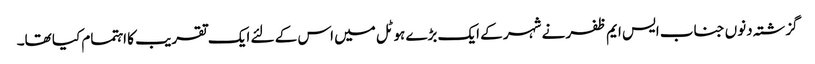
گزشتہ دنوں جناب ایس ایم ظفر نے شہر کے ایک بڑے ہوٹل میں اس کے لئے ایک تقریب کا اہتمام کیا تھا۔